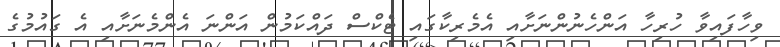
ވިހާފައިވާ ހުރިހާ އަންހެނުންނަށާއި އެމެރިކާގައި ޓެކްސް ދައްކަމުން އަންނަ އެންމެނަށާއި އެ ގައުމުގެ